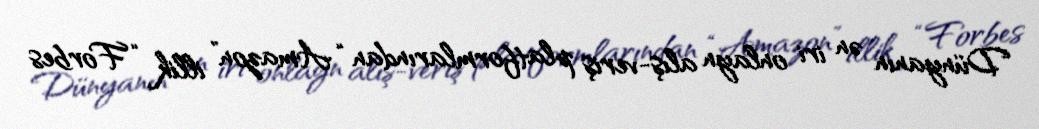
Dünyanın ən iri onlayn alış-veriş platformlarından “Amazon” illik “Forbes